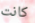
كانت